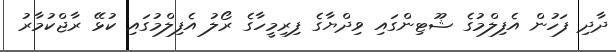
ދާދި ފަހުން އެފިލްމުގެ ޝޫޓިންގައި ވިދްޔާގެ ފިރިމީހާގެ ރޯލު އެފިލްމުގައި ކުޅޭ ރާޖްކުމާރު